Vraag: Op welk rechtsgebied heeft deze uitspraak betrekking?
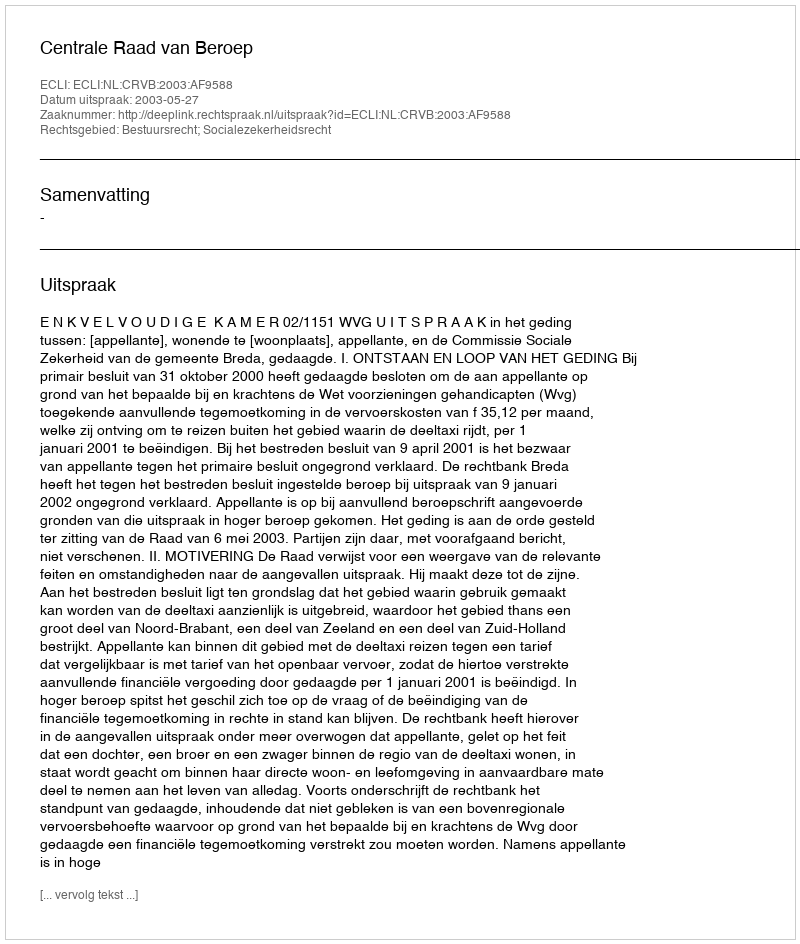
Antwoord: Bestuursrecht; Socialezekerheidsrecht